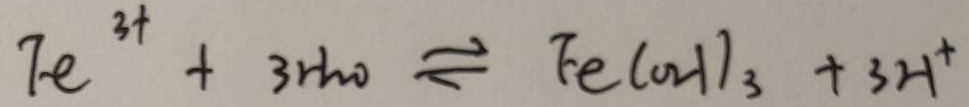
F e ^ { 3 + } + 3 H _ { 2 } O \rightleftharpoons F e ( O H ) _ { 3 } + 3 H ^ { + }